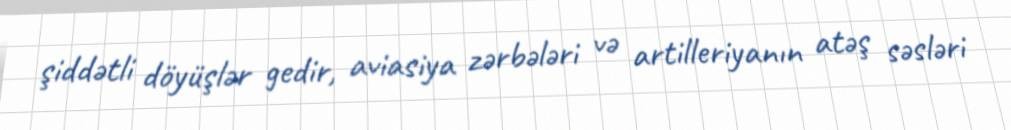
şiddətli döyüşlər gedir, aviasiya zərbələri və artilleriyanın atəş səsləri